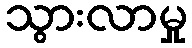
သွားလာမှု